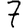
Digit: 7